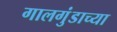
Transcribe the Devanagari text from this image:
गालगुंडाच्या